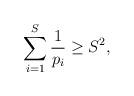
LaTeX: \begin{align*}\sum_{i = 1}^S \frac{1}{p_i} \geq S^2,\end{align*}